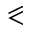
\eqslantless